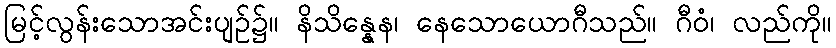
မြင့်လွန်းသောအင်းပျဉ်၌။ နိသိန္နေန၊ နေသောယောဂီသည်။ ဂီဝံ၊ လည်ကို။